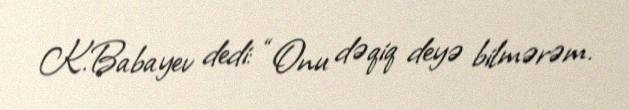
K.Babayev dedi: “Onu dəqiq deyə bilmərəm.